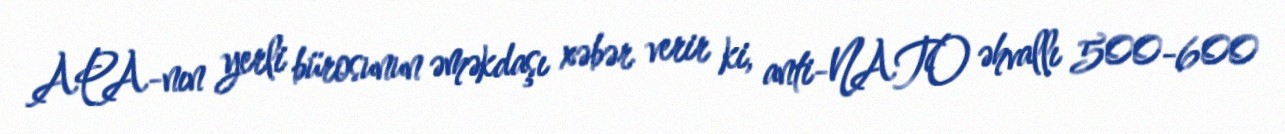
APA-nın yerli bürosunun əməkdaşı xəbər verir ki, anti-NATO əhvallı 500-600